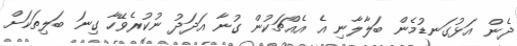
ދެން އަޅުގަނޑުމެން ބަލާލާނި އެ އެއްޗަކުން ގުނާ އަދަދު ނުކުރެވޭހާ ގިނަ ބަލިތަކަށް